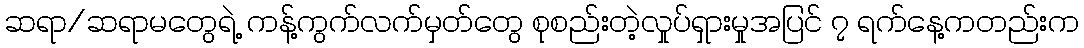
ဆရာ/ဆရာမတွေရဲ့ ကန့်ကွက်လက်မှတ်တွေ စုစည်းတဲ့လှုပ်ရှားမှုအပြင် ၇ ရက်နေ့ကတည်းက